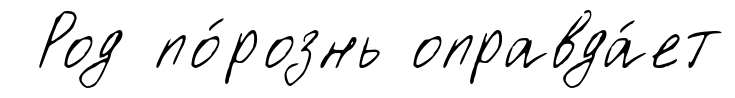
Род по́рознь оправда́ет